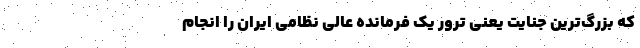
که بزرگ‌ترین جنایت یعنی ترور یک فرمانده عالی نظامی ایران را انجام